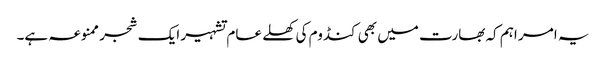
یہ امر اہم کہ بھارت میں بھی کنڈوم کی کھلے عام تشہیر ایک شجر ممنوعہ ہے۔